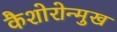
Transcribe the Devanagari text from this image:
कैशोरोन्मुख